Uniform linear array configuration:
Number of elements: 48
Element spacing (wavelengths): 0.25
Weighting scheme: kaiser
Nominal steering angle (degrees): -30
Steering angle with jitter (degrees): -29.068
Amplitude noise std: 0.05
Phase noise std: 0.05

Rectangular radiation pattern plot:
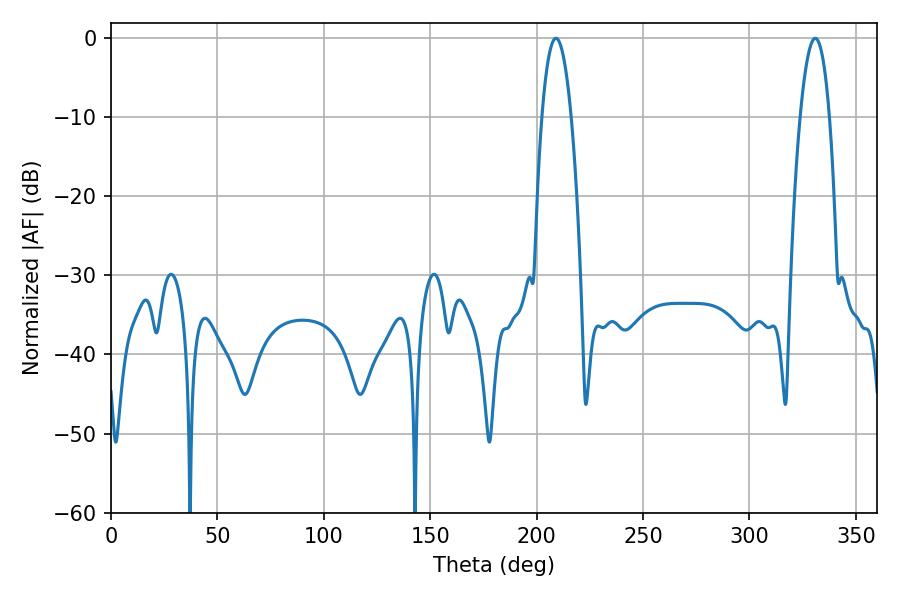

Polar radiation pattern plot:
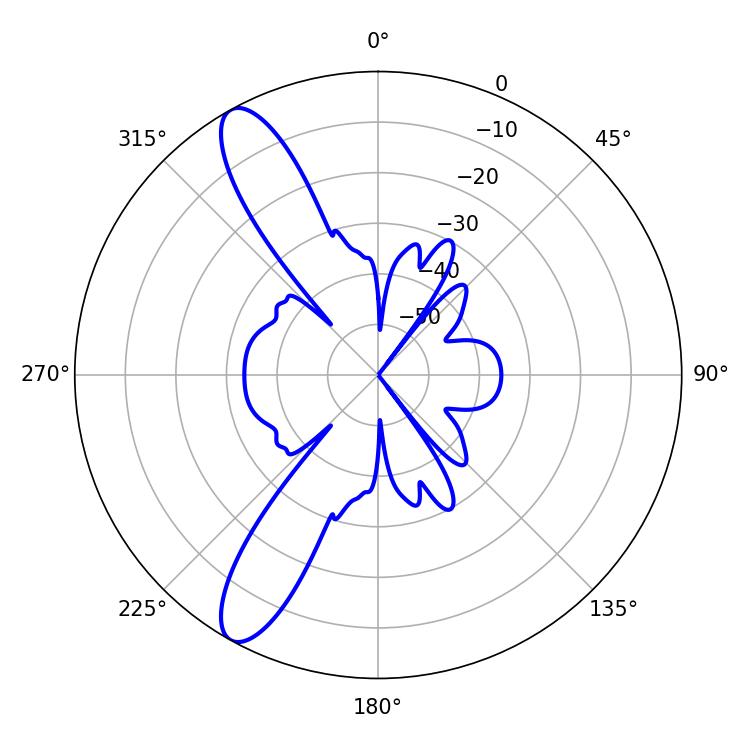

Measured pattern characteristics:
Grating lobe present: FALSE
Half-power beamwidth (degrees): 7.56
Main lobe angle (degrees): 209.16